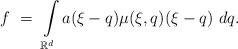
LaTeX: \begin{align*} f \ = \ \int\limits_{\mathbb R^d} a (\xi-q) \mu (\xi, q ) (\xi - q ) \ dq.\end{align*}